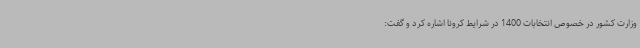
وزارت کشور در خصوص انتخابات 1400 در شرایط کرونا اشاره کرد و گفت: